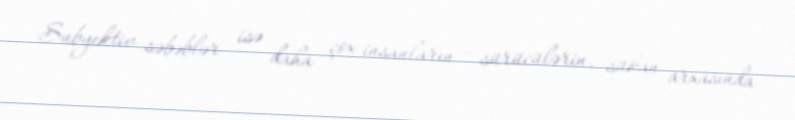
Subyektiv səbəblər isə daha çox insanların - sürücülərin, sükan arxasında